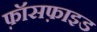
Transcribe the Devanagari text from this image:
फ़ॉसफ़ाइड